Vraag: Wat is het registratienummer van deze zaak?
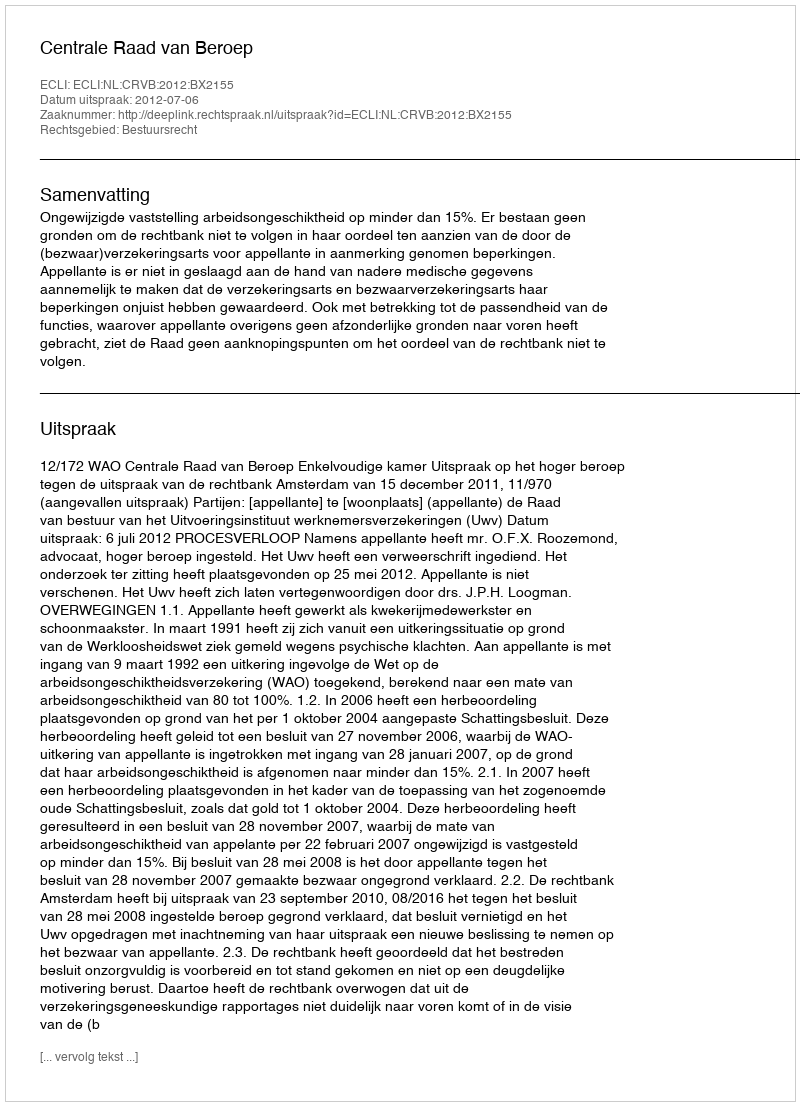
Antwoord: http://deeplink.rechtspraak.nl/uitspraak?id=ECLI:NL:CRVB:2012:BX2155